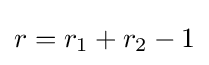
r=r_{1}+r_{2}-1